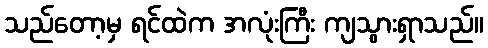
သည်တော့မှ ရင်ထဲက အလုံးကြီး ကျသွားရှာသည်။